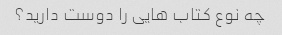
چه نوع کتاب هایی را دوست دارید؟